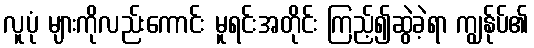
လူပုံ များကိုလည်းကောင်း မူရင်းအတိုင်း ကြည့်၍ဆွဲခဲ့ရာ ကျွန်ုပ်၏